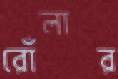
রোঁলার